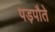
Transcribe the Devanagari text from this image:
पड़पौते